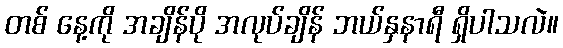
တစ် နေ့ကို အချိန်ပို အလုပ်ချိန် ဘယ်နှနာရီ ရှိပါသလဲ။